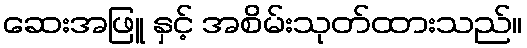
ဆေးအဖြူ နှင့် အစိမ်းသုတ်ထားသည်။